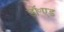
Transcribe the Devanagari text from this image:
डॉ॰एड